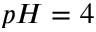
p H = 4